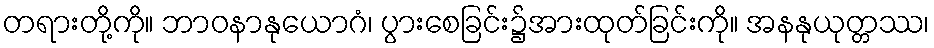
တရားတို့ကို။ ဘာဝနာနုယောဂံ၊ ပွားစေခြင်း၌အားထုတ်ခြင်းကို။ အနနုယုတ္တဿ၊